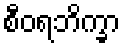
စီဝရဘိက္ခာ